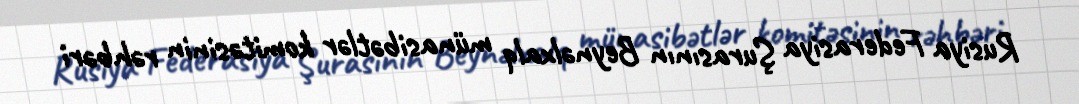
Rusiya Federasiya Şurasının Beynəlxalq münasibətlər komitəsinin rəhbəri